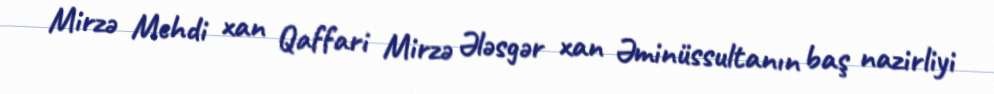
Mirzə Mehdi xan Qaffari Mirzə Ələsgər xan Əminüssultanın baş nazirliyi